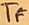
Text: TF